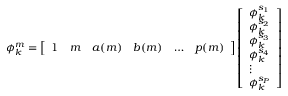
\begin{array} { r } { \phi _ { k } ^ { m } = \left[ \begin{array} { l l l l l l } { 1 } & { m } & { a ( m ) } & { b ( m ) } & { \hdots } & { p ( m ) } \end{array} \right] \left[ \begin{array} { l } { \phi _ { k } ^ { s _ { 1 } } } \\ { \phi _ { k } ^ { s _ { 2 } } } \\ { \phi _ { k } ^ { s _ { 3 } } } \\ { \phi _ { k } ^ { s _ { 4 } } } \\ { \vdots } \\ { \phi _ { k } ^ { s _ { P } } } \end{array} \right] } \end{array}